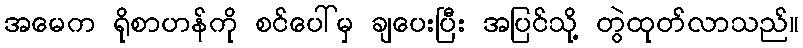
အမေက ရိုစာဟန်ကို စင်ပေါ်မှ ချပေးပြီး အပြင်သို့ တွဲထုတ်လာသည်။